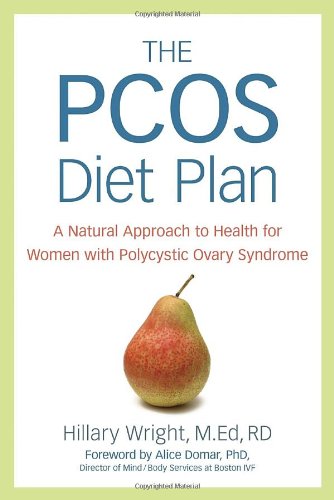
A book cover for The PCOS Diet Plan: A Natural Approach to Health for Women with Polycystic Ovary Syndrome; Hillary Wright; Parenting & Relationships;